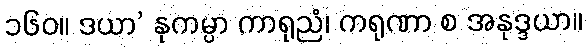
၁၆၀။ ဒယာ’ နုကမ္ပာ ကာရုညံ၊ ကရုဏာ စ အနုဒ္ဒယာ။